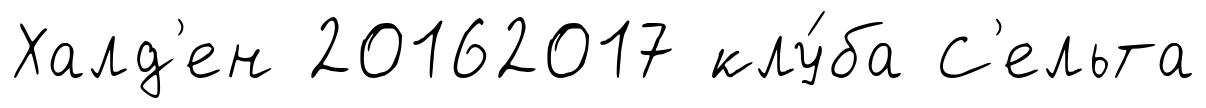
Халд'ен 20162017 клу́ба С'ельта